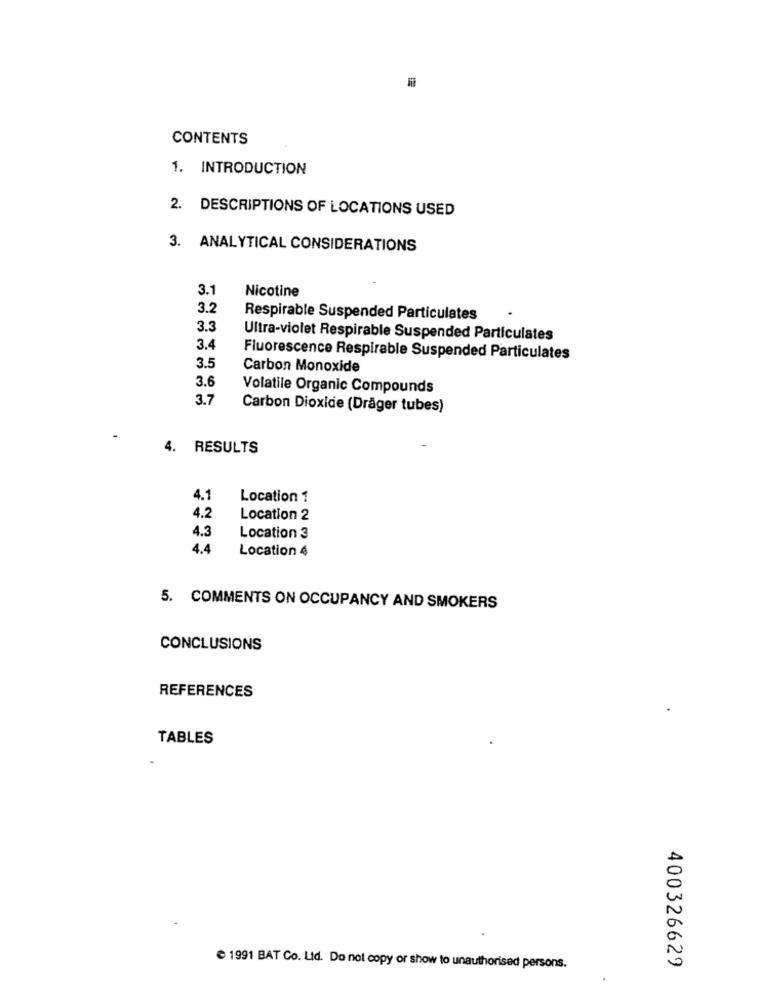
CONTENTS
1. INTRODUCTION
2. DESCRIPTIONS OF LOCATIONS USED
3. ANALYTICAL CONSIDERATIONS
3.1
Nicotine
3.2
Respirable Suspended Particulates
3.3
Ultra-violet Respirable Suspended Particulates
3.4
Fluorescence Respirable Suspended Particulates
3.5
Carbon Monoxide
3.6
Volatile Organic Compounds
3.7
Carbon Dioxide (Dräger tubes)
4. RESULTS
4.1
Location 1
4.2
Location 2
4.3
Location 3
4.4
Location 4
5. COMMENTS ON OCCUPANCY AND SMOKERS
CONCLUSIONS
REFERENCES
TABLES
400326629
1991 BAT Co. Ltd. Do not copy or show to unauthorised persons.